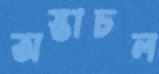
অস্তাচল